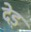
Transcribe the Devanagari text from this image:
देड़